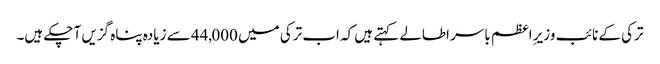
ترکی کے نائب وزیرِ اعظم باسر اطالے کہتے ہیں کہ اب ترکی میں 44,000 سے زیادہ پناہ گزیں آ چکے ہیں۔